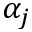
\alpha _ { j }